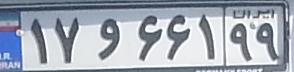
۱۷و۶۶۱۹۹